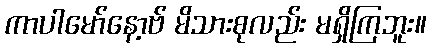
ကာပါမော်နော့ဗ် မိသားစုလည်း မရှိကြဘူး။